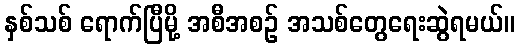
နှစ်သစ် ရောက်ပြီမို့ အစီအစဉ် အသစ်တွေရေးဆွဲရမယ်။